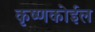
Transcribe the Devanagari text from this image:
कृष्णकोईल